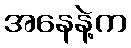
အနေနဲ့က